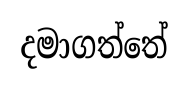
දමාගත්තේ